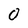
Character: 0